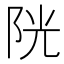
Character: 𨹂